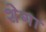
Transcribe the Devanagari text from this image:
शेगा